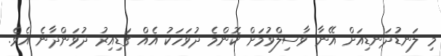
މި ލަނޑުދަނޑިއަށް އޭނާ ވާސިލްވުމަށް ކޮންމެ ދުވަހަކު އެއް ގަޑިއިރު ދުވަންދާނެ އެވެ.